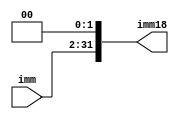
`timescale 1ns / 1ps
//////////////////////////////////////////////////////////////////////////////////
// Company: 
// Engineer: 
// 
// Design Name: 
// Module Name: bitshifter2
// Project Name: 
// Target Devices: 
// Tool Versions: 
// Description: 
// 
// Dependencies: 
// 
// Revision:
// Revision 0.01 - File Created
// Additional Comments:
// 
//////////////////////////////////////////////////////////////////////////////////


module bitshifter2(
input [29:0] imm,
output reg [31:0] imm18
    );
    
    always@(*)
    begin
       imm18 = imm << 2;
    end
endmodule